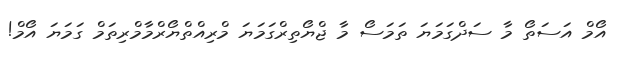
އޯމް އަސަތޯ މާ ސަދްގަމަޔަ ތަމަސޯ މާ ޖްޔޯތިރްގަމަޔަ މްރިއްތްޔޯރްމާމްރިތަމް ގަމަޔަ އޯމް!